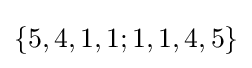
\{5,4,1,1;1,1,4,5\}